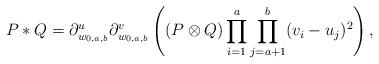
LaTeX: \begin{align*}P*Q = \partial^u_{w_{0,a,b}}\partial^v_{w_{0,a,b}}\left( (P\otimes Q)\prod_{i=1}^a\prod_{j=a+1}^b (v_i-u_j)^2 \right),\end{align*}